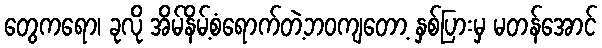
တွေကရော၊ ခုလို အိမ်နိမ့်စံရောက်တဲ့ဘဝကျတော့ နှစ်ပြားမှ မတန်အောင်